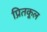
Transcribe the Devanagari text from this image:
प्रितकूल